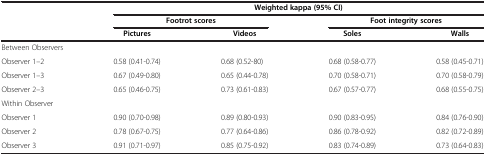
|  | <COLSPAN=4> Weighted kappa (95% CI) |
 |  | <COLSPAN=2> Footrot scores | <COLSPAN=2> Foot integrity scores |
 |  | Pictures | Videos | Soles | Walls |
 | --- | --- | --- | --- | --- |
 | <COLSPAN=5> Between Observers |
 | Observer 1–2 | 0.58 (0.41-0.74) | 0.68 (0.52-80) | 0.68 (0.58-0.77) | 0.58 (0.45-0.71) |
 | Observer 1–3 | 0.67 (0.49-0.80) | 0.65 (0.44-0.78) | 0.70 (0.58-0.71) | 0.70 (0.58-0.79) |
 | Observer 2–3 | 0.65 (0.46-0.75) | 0.73 (0.61-0.83) | 0.67 (0.57-0.77) | 0.68 (0.55-0.75) |
 | Within Observer |  |  |  |  |
 | Observer 1 | 0.90 (0.70-0.98) | 0.89 (0.80-0.93) | 0.90 (0.83-0.95) | 0.84 (0.76-0.90) |
 | Observer 2 | 0.78 (0.67-0.75) | 0.77 (0.64-0.86) | 0.86 (0.78-0.92) | 0.82 (0.72-0.89) |
 | Observer 3 | 0.91 (0.71-0.97) | 0.85 (0.75-0.92) | 0.83 (0.74-0.89) | 0.73 (0.64-0.83) |